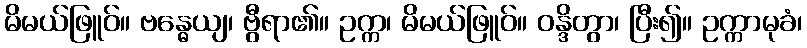
မိမယ်ဖြူဝ်။ ဗန္ဓေယျ၊ ဗွီရာ၏။ ဥက္က၊ မိမယ်ဖြူဝ်။ ဝန္ဒိတွာ၊ ပြီး၍။ ဥက္ကာမုခံ၊